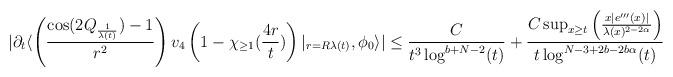
LaTeX: \begin{align*} |\partial_{t}\langle \left(\frac{\cos(2Q_{\frac{1}{\lambda(t)}})-1}{r^{2}}\right) v_{4}\left(1-\chi_{\geq 1}(\frac{4r}{t})\right)\vert_{r = R\lambda(t)},\phi_{0}\rangle| &\leq \frac{C}{t^{3}\log^{b+N-2}(t)}+\frac{C \sup_{x \geq t}\left(\frac{x |e'''(x)|}{\lambda(x)^{2-2\alpha}}\right)}{t \log^{N-3+2b-2b\alpha}(t)}\end{align*}